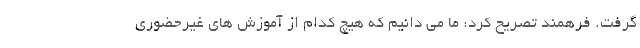
گرفت. فرهمند تصریح کرد: ما می دانیم که هیچ کدام از آموزش های غیرحضوری